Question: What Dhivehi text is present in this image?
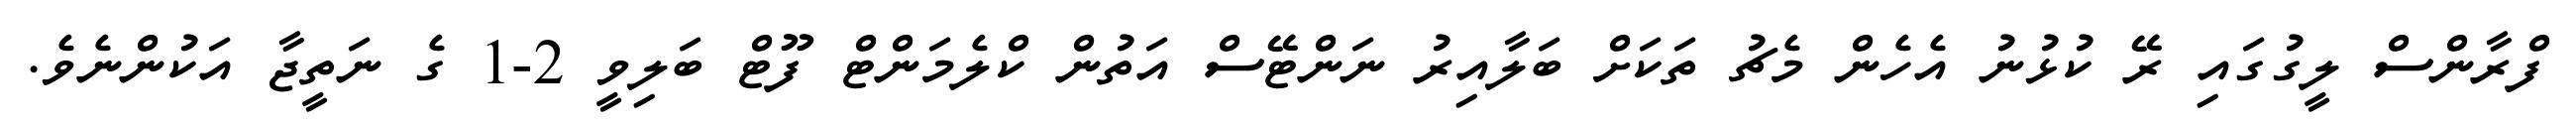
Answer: ފްރާންސް ލީގުގައި ރޭ ކުޅުނު އެހެން މެޗު ތަކަށް ބަލާއިރު ނަންޓޭސް އަތުން ކްލެމަންޓް ފޫޓް ބަލިވީ 2-1 ގެ ނަތީޖާ އަކުންނެވެ.